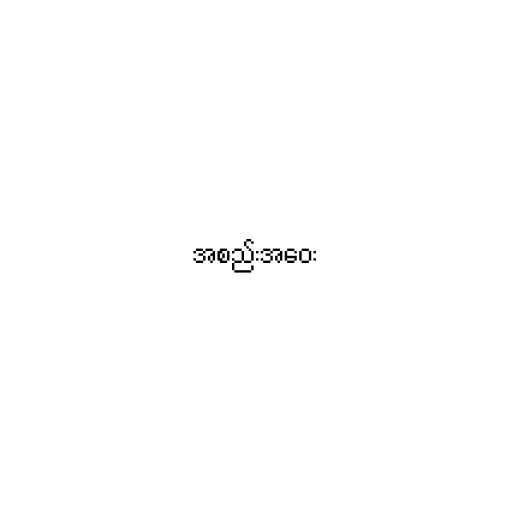
အစည်းအဝေး